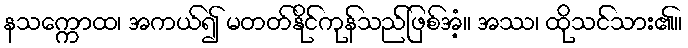
နသက္ကောထ၊ အကယ်၍ မတတ်နိုင်ကုန်သည်ဖြစ်အံ့။ အဿ၊ ထိုသင်သား၏။